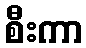
စီးကာ